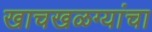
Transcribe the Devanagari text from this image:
खाचखळग्यांचा